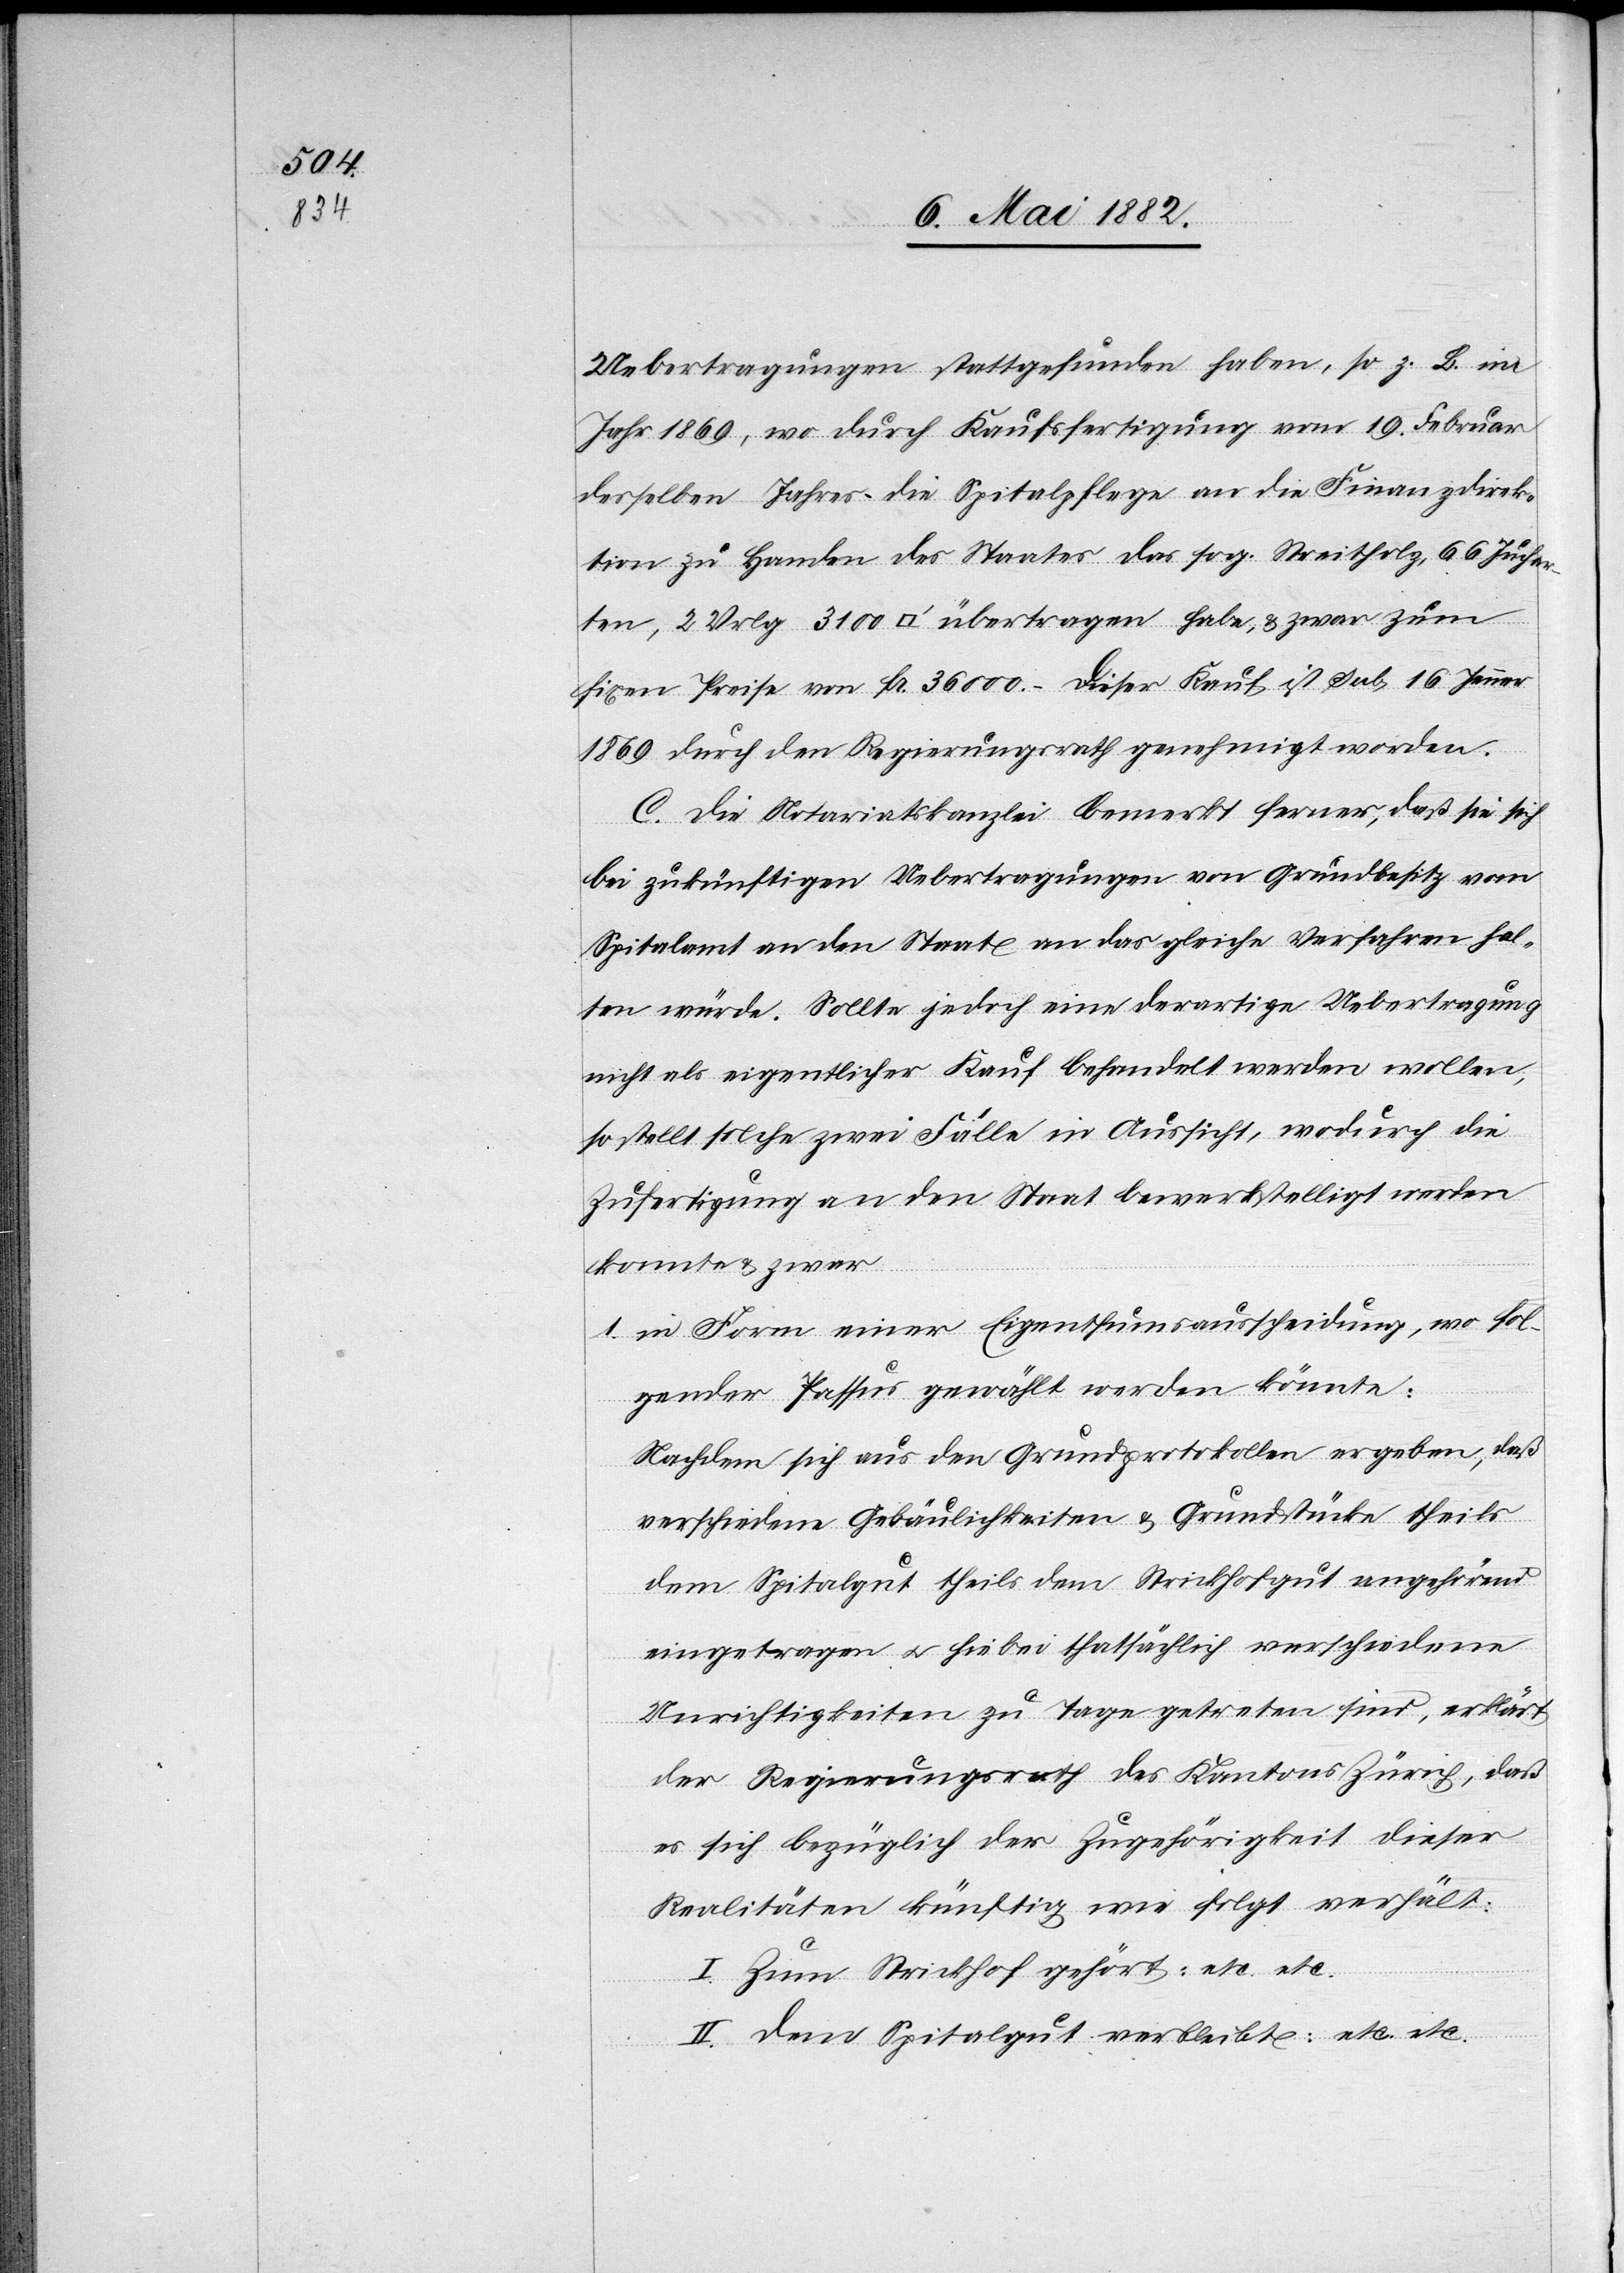
Uebertragungen stattgefunden haben, so z. B. im
Jahr 1869, wo durch Kaufsfertigung vom 19. Februar
desselben Jahres die Spitalpflege an die Finanzdirek¬
tion zu Handen des Staates das sog. Streitholz, 66 Jucharten,
fixen Preise von Fr. 36 000.–. Dieser Kauf ist sub 16. Jenner
1869 durch den Regierungsrath genehmigt worden.
C. Die Notariatskanzlei bemerkt ferner, daß sie sich
bei zukünftigen Uebertragungen von Grundbesitz vom
Spitalamt an den Staat an das gleiche Verfahren hal¬
ten würde. Sollte jedoch eine derartige Uebertragung
nicht als eigentlicher Kauf behandelt werden wollen,
so stellt solche zwei Fälle in Aussicht, wodurch die
Zufertigung an den Staat bewerkstelligt werden
könnte & zwar
1. in Form einer Eigenthumsausscheidung, wo fol¬
gender Passus gewählt werden könnte:
Nachdem sich aus den Grundprotokollen ergeben, daß
verschiedene Gebäulichkeiten & Grundstücke theils
dem Spitalgut theils dem Strickhofgut angehörend
eingetragen u. hiebei thatsächlich verschiede
Unrichtigkeiten zu Tage getreten sind, erklärt
der Regierungsrath des Kantons Zürich, daß
es sich bezüglich der Zugehörigkeit dieser
Realitäten künftig wie folgt verhält:
I. Zum Strickhof gehört: etc. etc.
II. Dem Spitalgut verbleibt: etc. etc.